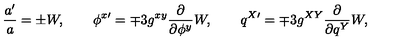
\frac { a ^ { \prime } } { a } = \pm W , \qquad \phi ^ { x \prime } = \mp 3 g ^ { x y } \frac { \partial } { \partial \phi ^ { y } } W , \qquad q ^ { X \prime } = \mp 3 g ^ { X Y } \frac { \partial } { \partial q ^ { Y } } W ,